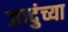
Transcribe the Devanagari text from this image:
जादुंच्या